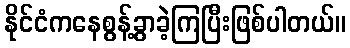
နိုင်ငံကနေစွန့်ခွာခဲ့ကြပြီးဖြစ်ပါတယ်။